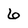
Character: 6